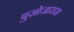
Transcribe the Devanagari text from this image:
बुसोजारास